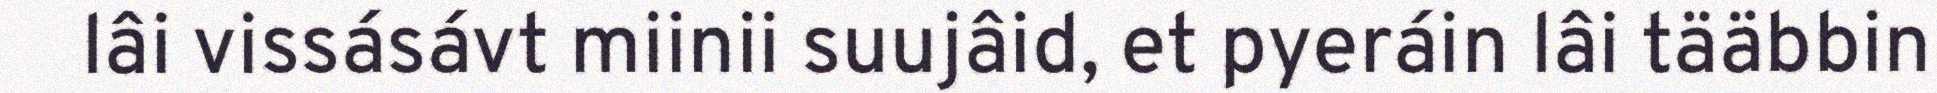
lâi vissásávt miinii suujâid, et pyeráin lâi tääbbin